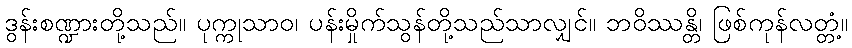
ဒွန်းစဏ္ဍားတို့သည်။ ပုက္ကုသာဝ၊ ပန်းမှိုက်သွန်တို့သည်သာလျှင်။ ဘဝိဿန္တိ၊ ဖြစ်ကုန်လတ္တံ့။